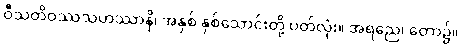
ဝီသတိဝဿသဟဿာနိ၊ အနှစ် နှစ်သောင်းတို့ ပတ်လုံး။ အရညေ၊ တော၌။